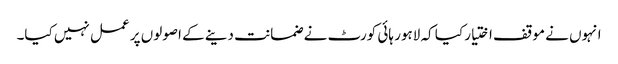
انہوں نے موقف اختیار کیا کہ لاہور ہائی کورٹ نے ضمانت دینے کے اصولوں پر عمل نہیں کیا۔